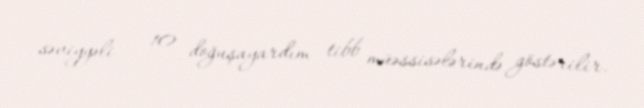
səviyyəli – 10 doğuşayardım tibb müəssisələrində göstərilir.